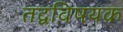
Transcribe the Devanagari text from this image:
तद्वविषयक